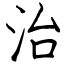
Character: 治